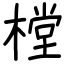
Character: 樘